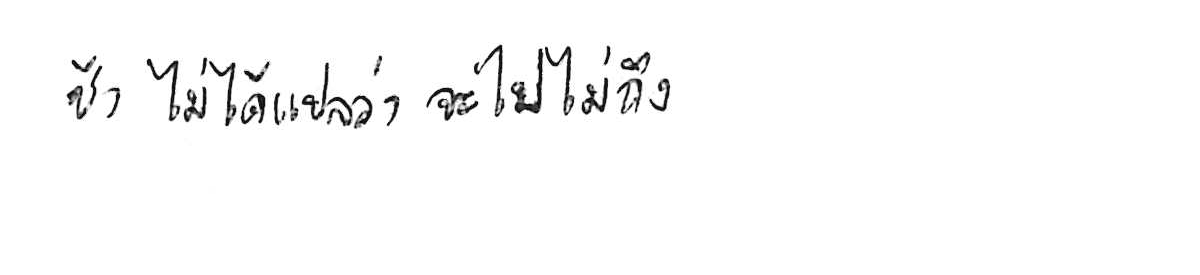
ช้า ไม่ได้แปลว่า จะไปไม่ถึง